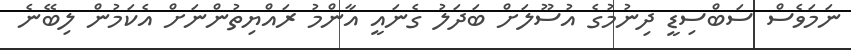
ނަމަވެސް ސަބްސިޑީ ދިނުމުގެ އުސޫލަށް ބަދަލު ގެނައީ އާންމު ރައްޔިތުންނަށް އެކަމުން ލިބޭނެ